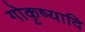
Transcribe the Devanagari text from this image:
गोकृष्यादि